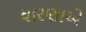
ધારણાએ